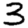
Digit: 3